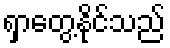
ရှာတွေ့နိုင်သည်